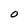
Character: O